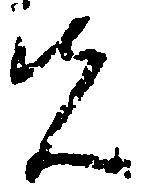
先